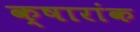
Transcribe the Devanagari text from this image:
क्षारांक